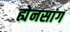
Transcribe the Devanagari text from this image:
ह्येनसांग